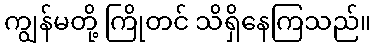
ကျွန်မတို့ ကြိုတင် သိရှိနေကြသည်။